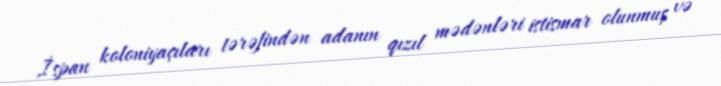
İspan koloniyaçıları tərəfindən adanın qızıl mədənləri istismar olunmuş və